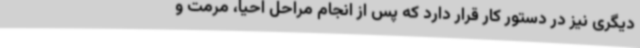
دیگری نیز در دستور کار قرار دارد که پس از انجام مراحل احیا، مرمت و